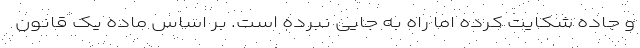
و جاده شکایت کرده اما راه به جایی نبرده است. بر اساس ماده یک قانون